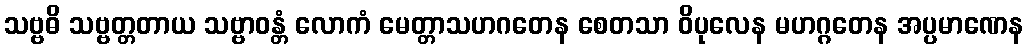
သဗ္ဗဓိ သဗ္ဗတ္တတာယ သဗ္ဗာဝန္တံ လောကံ မေတ္တာသဟဂတေန စေတသာ ဝိပုလေန မဟဂ္ဂတေန အပ္ပမာဏေန